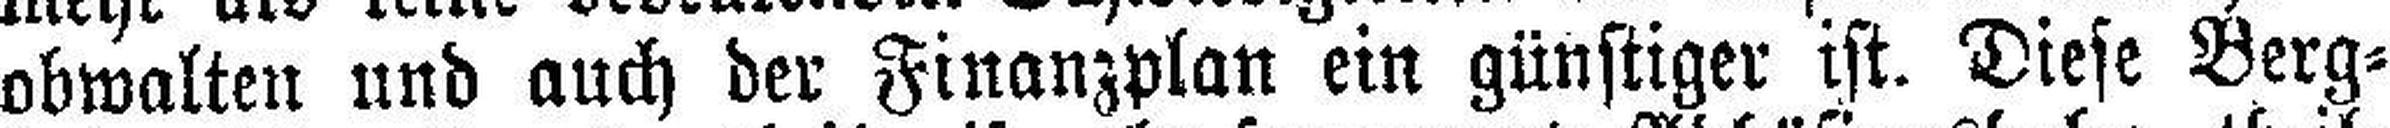
obwalten und auch der Finanzplan ein günstiger ist. Diese Berg¬